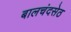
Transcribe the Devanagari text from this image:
बालचंदसेठ